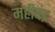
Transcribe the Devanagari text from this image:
महीचंद्र